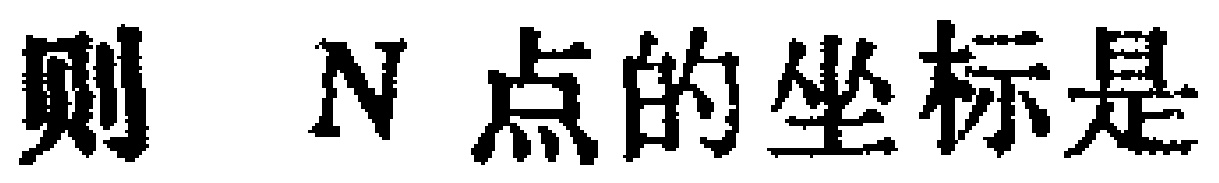
则 \(N\) 点的坐标是